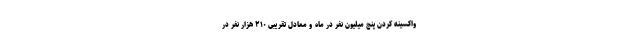
واکسینه کردن پنج میلیون نفر در ماه و معادل تقریبی ۲۱۰ هزار نفر در